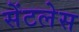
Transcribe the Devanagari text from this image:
सेंटलेस